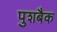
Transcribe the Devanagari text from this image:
पुशबैक